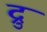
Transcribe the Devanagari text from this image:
द्रु